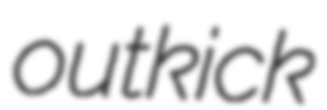
outkick